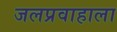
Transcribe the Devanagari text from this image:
जलप्रवाहाला